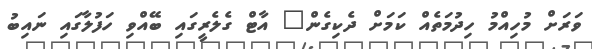
ވަރަށް މުހިއްމު ހިދުމަތެއް ކަމަށް ދެކިގެން" އާޓް ގެލެރީގައި ބޭއްވި ހަފުލާގައި ނައިބު